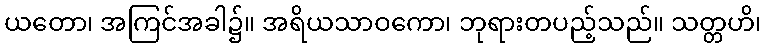
ယတော၊ အကြင်အခါ၌။ အရိယသာဝကော၊ ဘုရားတပည့်သည်။ သတ္တဟိ၊